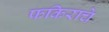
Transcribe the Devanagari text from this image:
फकिराचे